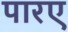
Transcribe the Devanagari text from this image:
पारए